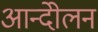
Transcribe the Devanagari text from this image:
आन्दोेलन